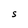
Character: S